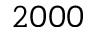
2 0 0 0